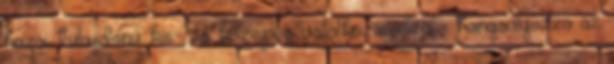
hazai tulajdonú kis- és közepes vállalkozásokra - hangsúlyozza az